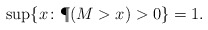
\begin{align*}\sup\{x\colon \P(M>x)>0\}=1.\end{align*}